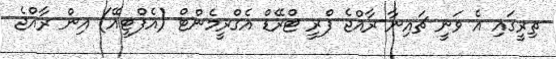
ތިރީގައި އެ ވަނީ ޗައިނާ-ރާއްޖެ ފްރީ ޓްރޭޑް އެގްރީމެންޓް (އެފްޓީއޭ) އިން ރާއްޖެ